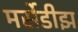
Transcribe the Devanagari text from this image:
मर्सेडीझ